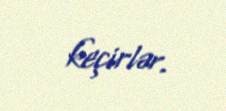
keçirlər.